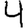
Digit: 4